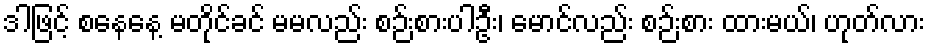
ဒါဖြင့် စနေနေ့ မတိုင်ခင် မမလည်း စဉ်းစားပါဦး၊ မောင်လည်း စဉ်းစား ထားမယ်၊ ဟုတ်လား